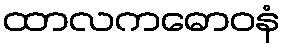
ထာလကဓောဝနံ